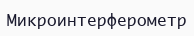
Микроинтерферометр